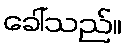
ခေါ်သည်။